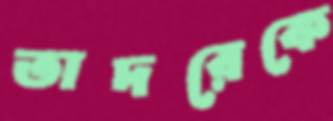
তাদরেকে